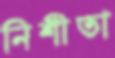
নিশীতা